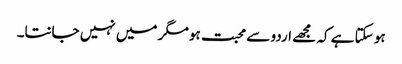
ہو سکتا ہے کہ مجھے اردو سے محبت ہو مگر میں نہیں جانتا۔